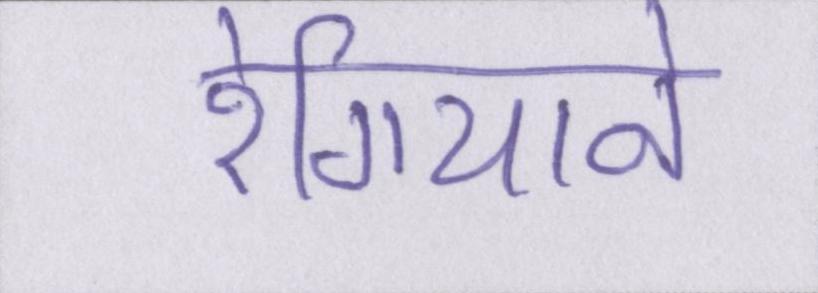
रेगियाने